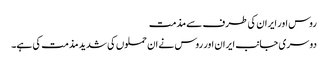
روس اور ایران کی طرف سے مذمت
دوسری جانب ایران اور روس نے ان حملوں کی شدید مذمت کی ہے۔